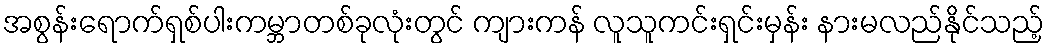
အစွန်းရောက်ရှစ်ပါးကမ္ဘာတစ်ခုလုံးတွင် ကျားကန် လူသူကင်းရှင်းမှန်း နားမလည်နိုင်သည့်